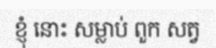
ខ្ញុំ នោះ សម្លាប់ ពួក សត្វ